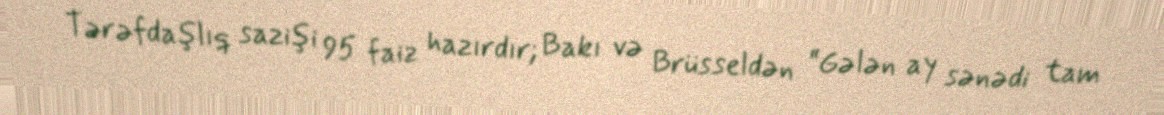
Tərəfdaşlıq sazişi 95 faiz hazırdır; Bakı və Brüsseldən “Gələn ay sənədi tam